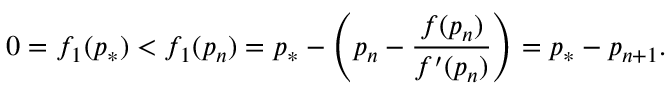
0 = f _ { 1 } ( p _ { * } ) < f _ { 1 } ( p _ { n } ) = p _ { * } - \left( p _ { n } - \frac { f ( p _ { n } ) } { f ^ { \prime } ( p _ { n } ) } \right) = p _ { * } - p _ { n + 1 } .